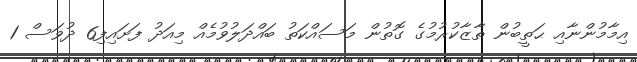
އިމާމުންނާއި ޙަތީބުން ތާޒާކުރުމުގެ ގޮތުން މަސައްކަތު ބައްދަލުވުމެއް މިއަދު ފަށައިފި6 ދުވަސް 1